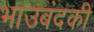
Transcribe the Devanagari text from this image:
भाउबंदकी